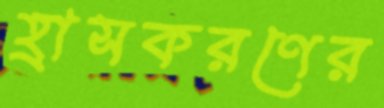
হ্রাসকরণের